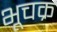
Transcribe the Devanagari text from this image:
भूचक्र